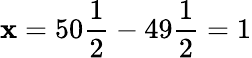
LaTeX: \mathbf{x}=50{\frac{{1}}{{2}}}-49{\frac{{1}}{{2}}}=1